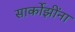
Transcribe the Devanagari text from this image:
सार्कोझींना